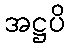
အဋ္ဌပိ